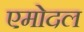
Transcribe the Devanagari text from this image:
एमोदल